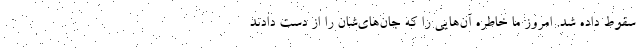
سقوط داده شد. امروز ما خاطره آن‌هایی را که جان‌های‌شان را از دست دادند